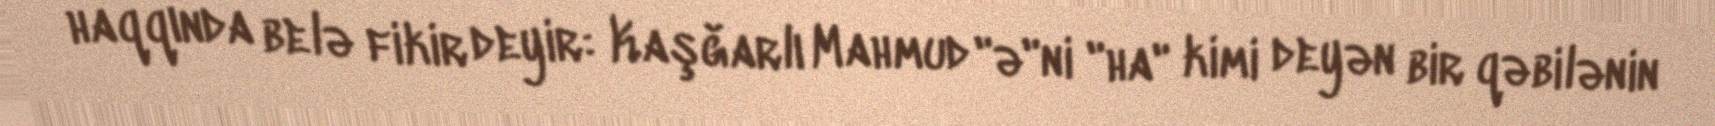
haqqında belə fikir deyir: Kaşğarlı Mahmud "ə"ni "ha" kimi deyən bir qəbilənin